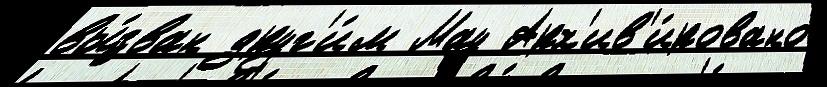
вы́зван друг'и́м Мау Арх'ив'и́ровано